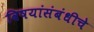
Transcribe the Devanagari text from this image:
विषयांसंबंधीचे